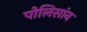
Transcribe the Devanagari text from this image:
पोलिसांन